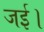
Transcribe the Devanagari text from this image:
जई।